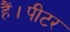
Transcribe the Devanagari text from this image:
हैं।पीटर